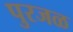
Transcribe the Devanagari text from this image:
पुरजळ